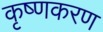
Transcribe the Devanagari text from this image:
कृष्णकरण